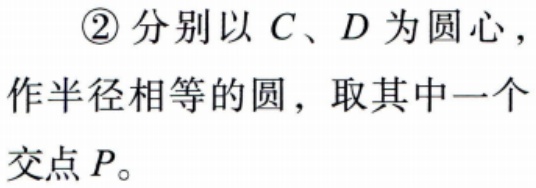
\textcircled{2} 分别以 \(C\)、\(D\) 为圆心，作半径相等的圆，取其中一个交点 \(P\)。